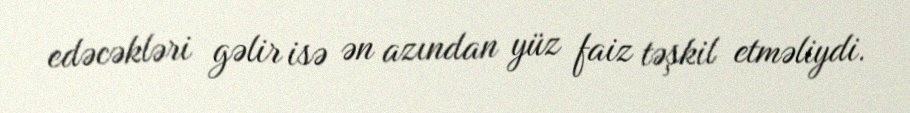
edəcəkləri gəlir isə ən azından yüz faiz təşkil etməliydi.